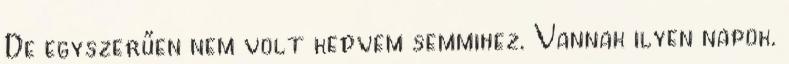
De egyszerűen nem volt kedvem semmihez. Vannak ilyen napok.